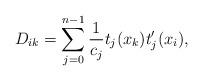
LaTeX: \begin{align*}D_{ik}=\sum ^{n-1}_{j=0}\frac{1}{c_{j}}t_{j}(x_{k})t_{j}^{\prime }(x_{i}),\end{align*}